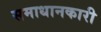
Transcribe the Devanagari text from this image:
समाधानकारी